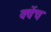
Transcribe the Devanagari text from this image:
क्वेंच